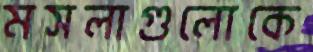
মসলাগুলোকে